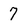
Character: 7